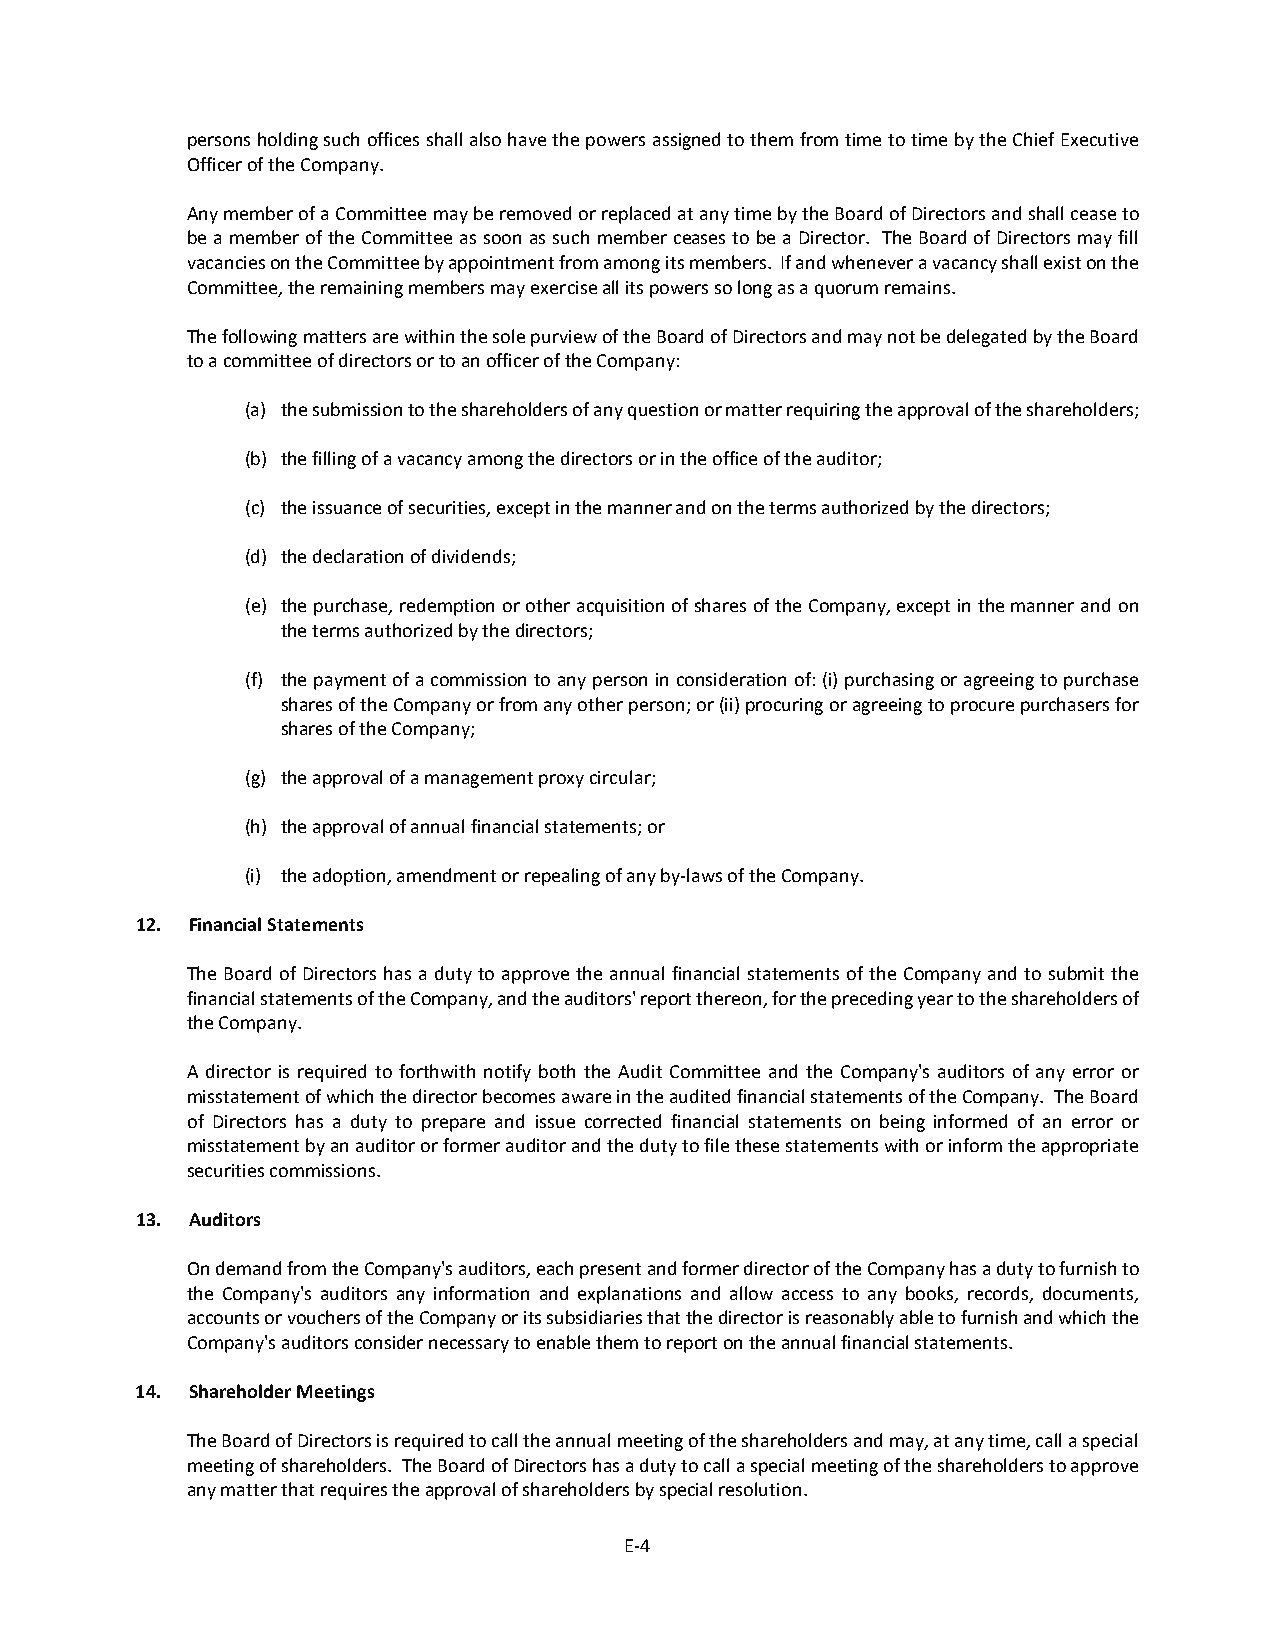
persons holding such offices shall also have the powers assigned to them from time to time by the Chief Executive
 Officer of the Company.
 Any member of a Committee may be removed or replaced at any time by the Board of Directors and shall cease to
 be a member of the Committee as soon as such member ceases to be a Director. The Board of Directors may fill
 vacancies on the Committee by appointment from among its members. If and whenever a vacancy shall exist on the
 Committee, the remaining members may exercise all its powers so long as a quorum remains.
 The following matters are within the sole purview of the Board of Directors and may not be delegated by the Board
 to a committee of directors or to an officer of the Company:
 (a) the submission to the shareholders of any question or matter requiring the approval of the shareholders;
 (b) the filling of a vacancy among the directors or in the office of the auditor;
 (c) the issuance of securities, except in the manner and on the terms authorized by the directors;
 (d) the declaration of dividends;
 (e) the purchase, redemption or other acquisition of shares of the Company, except in the manner and on
 the terms authorized by the directors;
 (f) the payment of a commission to any person in consideration of: (i) purchasing or agreeing to purchase
 shares of the Company or from any other person; or (ii) procuring or agreeing to procure purchasers for
 shares of the Company;
 (g) the approval of a management proxy circular;
 (h) the approval of annual financial statements; or
 (i) the adoption, amendment or repealing of any by-laws of the Company.
 12. Financial Statements
 The Board of Directors has a duty to approve the annual financial statements of the Company and to submit the
 financial statements of the Company, and the auditors' report thereon, for the preceding year to the shareholders of
 the Company.
 A director is required to forthwith notify both the Audit Committee and the Company's auditors of any error or
 misstatement of which the director becomes aware in the audited financial statements of the Company. The Board
 of Directors has a duty to prepare and issue corrected financial statements on being informed of an error or
 misstatement by an auditor or former auditor and the duty to file these statements with or inform the appropriate
 securities commissions.
 13. Auditors
 On demand from the Company's auditors, each present and former director of the Company has a duty to furnish to
 the Company's auditors any information and explanations and allow access to any books, records, documents,
 accounts or vouchers of the Company or its subsidiaries that the director is reasonably able to furnish and which the
 Company's auditors consider necessary to enable them to report on the annual financial statements.
 14. Shareholder Meetings
 The Board of Directors is required to call the annual meeting of the shareholders and may, at any time, call a special
 meeting of shareholders. The Board of Directors has a duty to call a special meeting of the shareholders to approve
 any matter that requires the approval of shareholders by special resolution.
 E-4